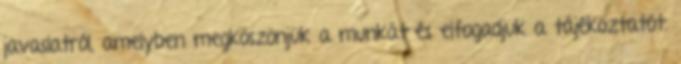
javaslatról, amelyben megköszönjük a munkát és elfogadjuk a tájékoztatót.